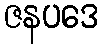
ဇနပဒေ